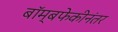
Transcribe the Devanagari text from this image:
बॉम्बफेकीनंतर